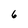
Character: 6